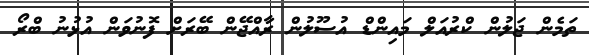
ތަމެން ޖަލުން ކްރުއަލް މައިންޑް އުސޫލުން ރާއްޖޭން ބޭރަށް ފޮނުވަން އުޅުނު ބްރޯ